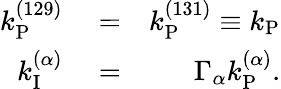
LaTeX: \begin{array}{rlr}{k_{\mathrm{P}}^{(129)}}&{{}=}&{k_{\mathrm{P}}^{(131)}\equiv k_{\mathrm{P}}}\\ {k_{\mathrm{I}}^{(\alpha)}}&{{}=}&{\Gamma_{\alpha}k_{\mathrm{P}}^{(\alpha)}.}\end{array}